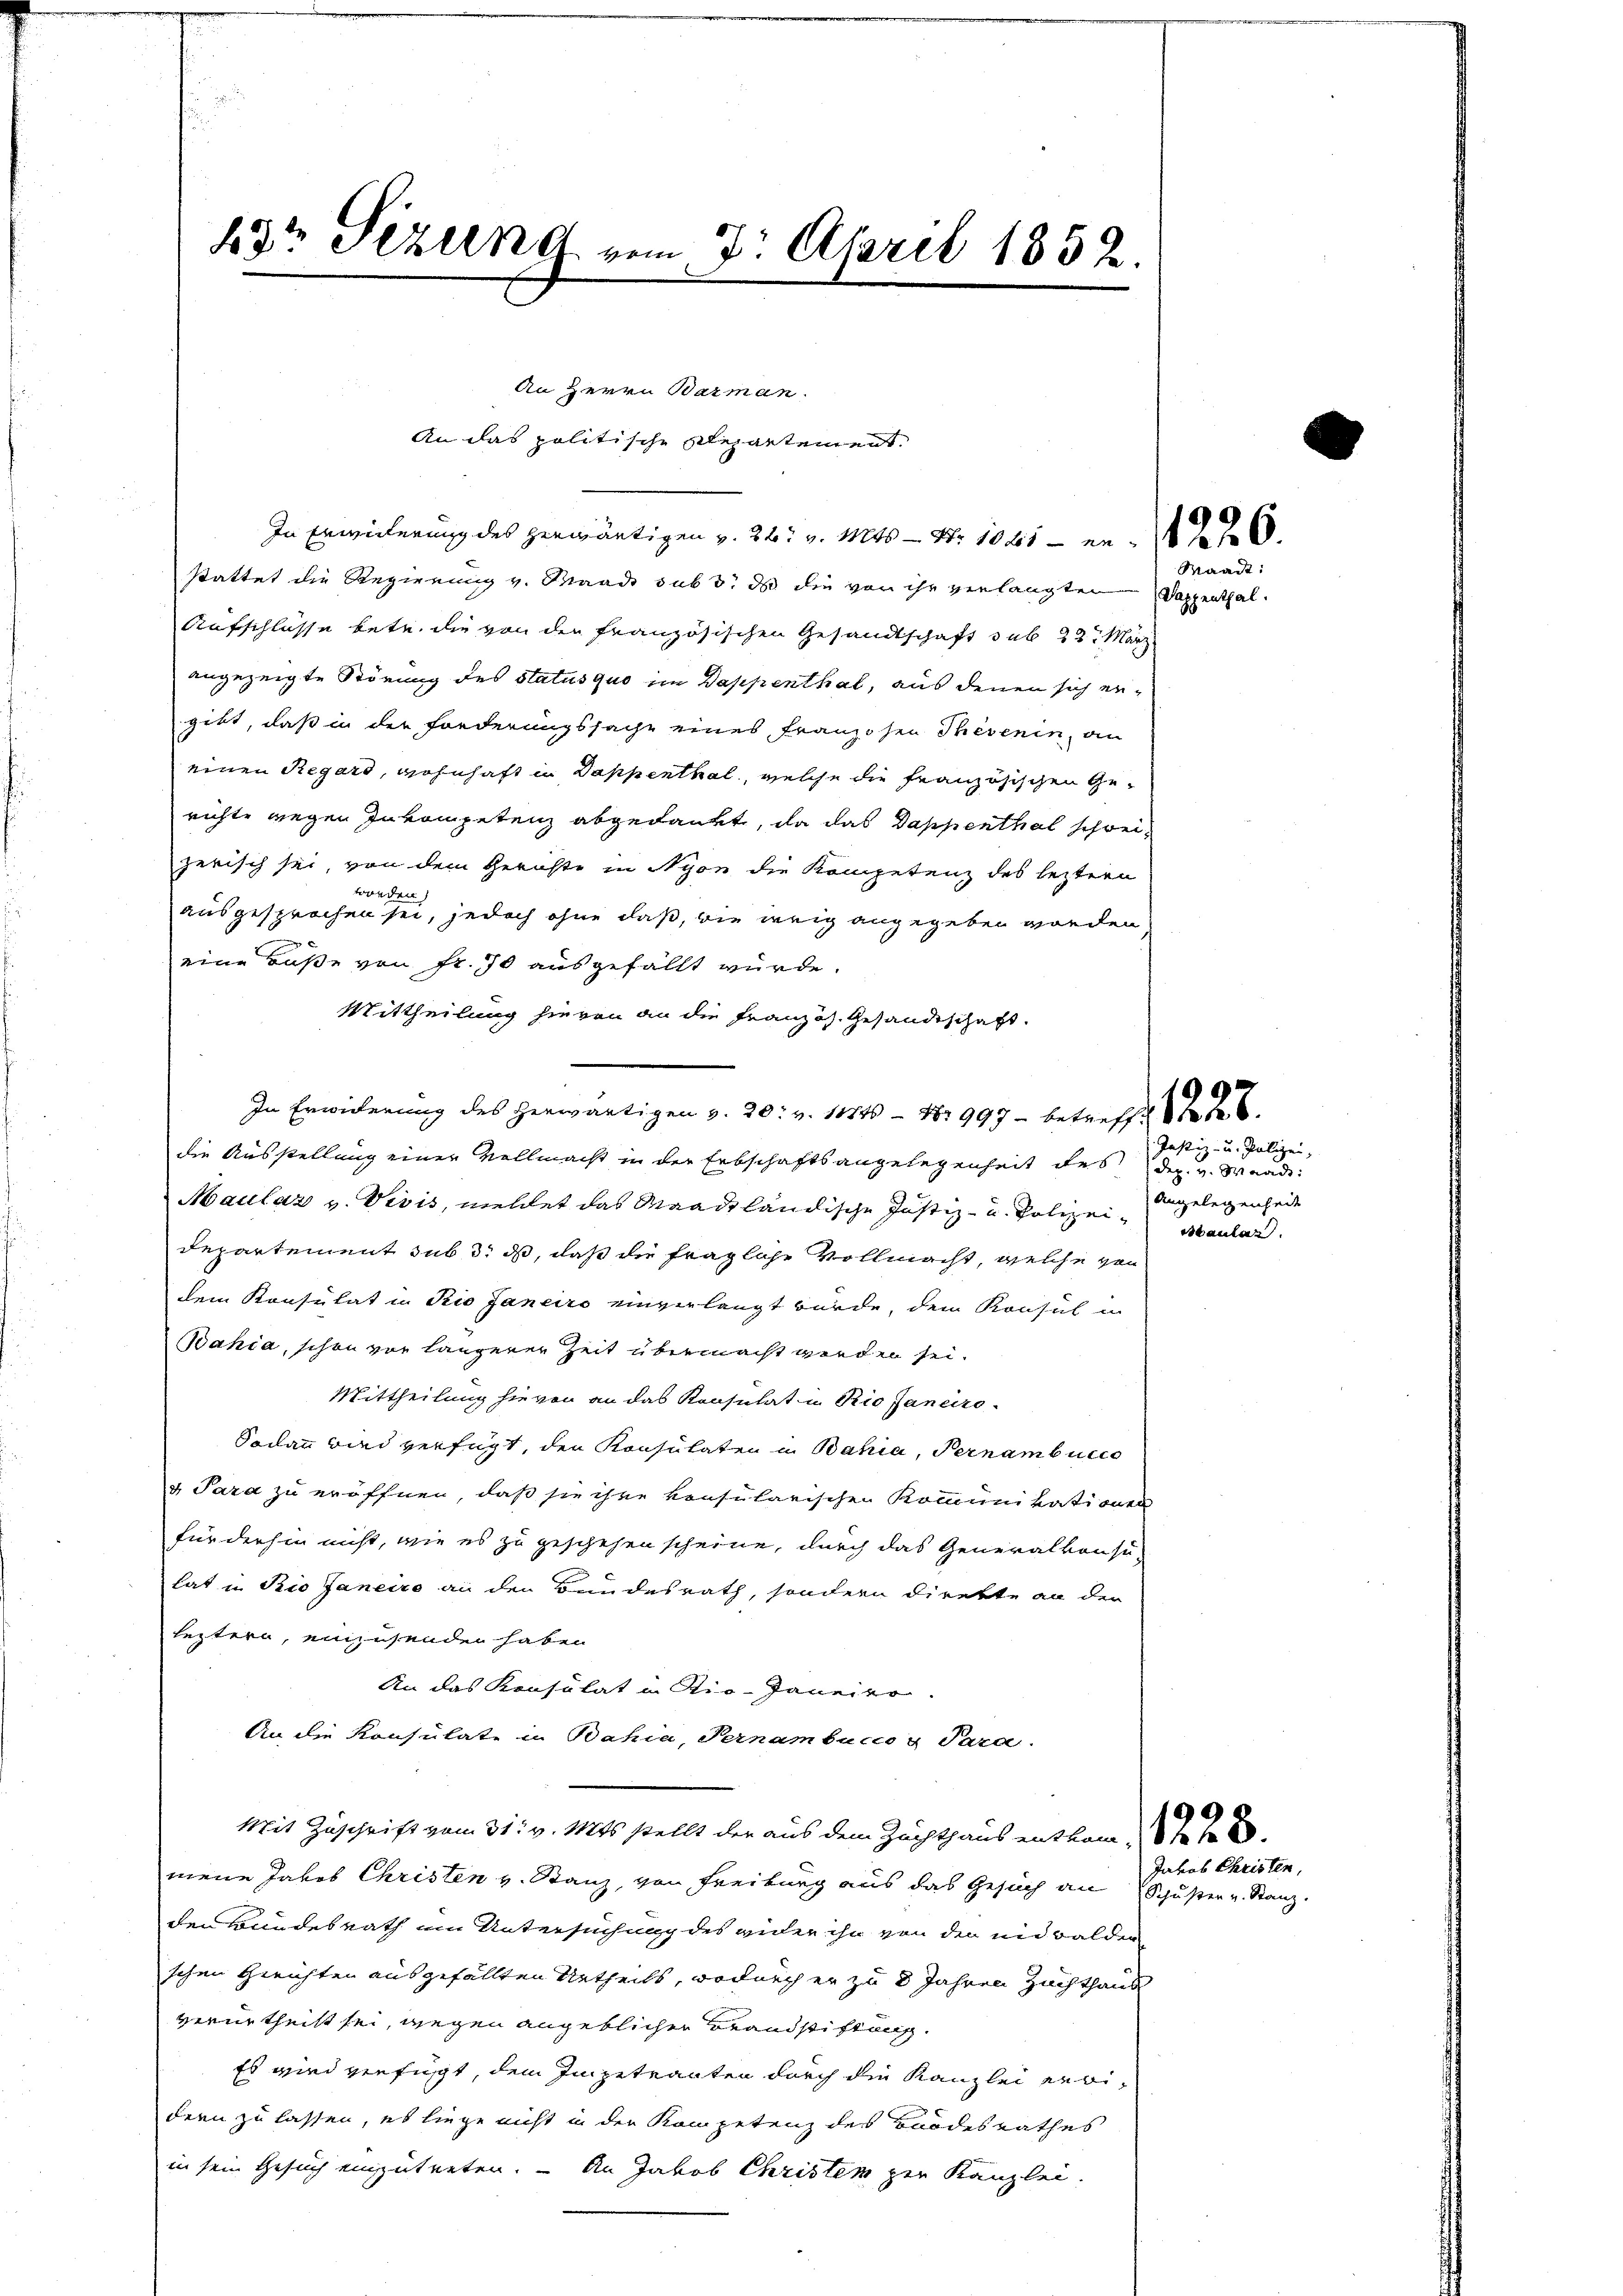
i
83r Sizung vom 7. April 1832.
An Herrn Barman.

stattet die Regierung v. Waadt sub 3. ds die von ihr verlangten
Aufschlüsse betr. die von den französischen Gesandtschaft sub 23 März
angezeigte Störung des Status quo im Dappenthal, aus denen sich ergibt, daß in der Forderungssache eines Franzosen Therenin, an
einen Regard, wohnhaft in Dappenthal, welche die französischen Gerichte wegen Inkompetenz abgedankt, da das Dappenthal schweizerisch sei, von dem Gerichte in Nyon die Kompetenz des leztern
branden
ausgesprochen sei, jedoch ohne daß, wie weig angegeben worden
eine Buße von Fr. 70 ausgefällt wurde.
Mittheilung hievon an die Französ. Gesandtschaft.
In Erwiderung des Herwärtigen v. 20: v. 11745 - 18997 betreffe
die Ausstellung einer Vollmacht in der Erbschaftsangelegenheit des
Maulaz v. Vivis, meldet das Waadtländische Justiz- u. Polizei- Maular
Departement sub 3. ds, daß die fragliche Vollmacht, welche von
dem Konsulat in Rio Janeiro einverlangt würde, dem Konsul in
Bahia, schon vor längerer Zeit übermacht werden sei.
Mittheilung hievon an das Konsulat in Rio Janeiro
Sodann wird verfügt, den Konsulaten u Bahia, Pernambucco
v Para zu eröffnen, daß sie ihre konsularischen Kommunikationen
für diesen nicht, wie es zu geschehen scheine, durch das Generalkonsu-
hat in Pio Janeiro an den Bundesrath, sondern direkte an der
leztern, einzusenden haben
An das Konsulat in Rio-Janeito.
An die Konsulate in Bahia, Ternambucco g Sara
Mit Zuschrift vom 31. v. Mts. stellt der aus dem Zuchthaus entkam, 17 f 2
mene Jahrs Christen v. Stanz, von Freiburg aus das Gesuch an Schuster v. Stanz.
den Bundesrath um Untersuchung des wider ihn von den und Balder
schen Gerichten ausgefällten Urtheils, wodurch er zu 8 Jahren Zuchthaus
verurtheilt sei, wegen angeblicher Brandstiftung.
Es wird verfügt, dem Impetranten durch die Kanzlei erbi
dern zu lassen, es liege nicht in der Kompetenz des Bandesrathes
in sein Gesuch einzutreten. – An Jakob Christen zur Kanzlei.

An das politische Repartement.
In Erwiederung des herwärtigen v. 26. v. Mts. — Nr. 1041 — er f 6

Waadt:

Dappenthal.

Justiz- u. Polizei,
Dez. v. Waadt:
Angelegenheit

Jahob Christen,